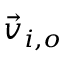
\vec { v } _ { i , o }